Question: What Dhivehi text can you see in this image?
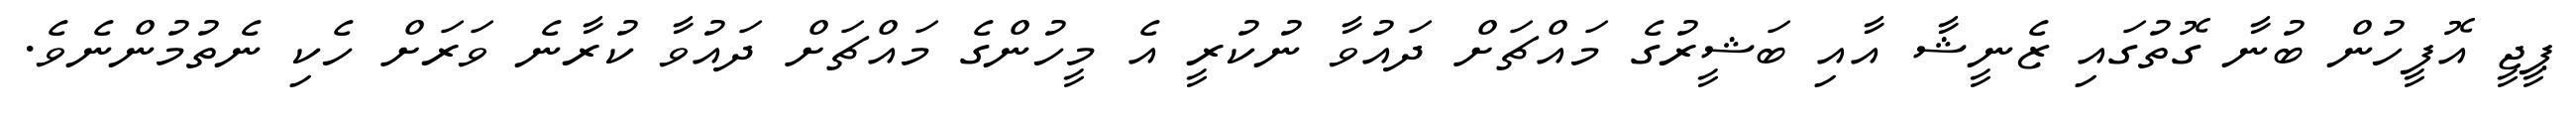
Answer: ޕީޖީ އޮފީހުން ބުނާ ގޮތުގައި ޒެނީޝާ އާއި ބަޝީރުގެ މައްޗަށް ދައުވާ ނުކުރީ އެ މީހުންގެ މައްޗަށް ދައުވާ ކުރާނެ ވަރަށް ހެކި ނެތުމުންނެވެ.